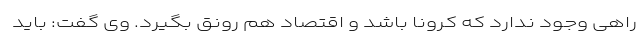
راهی وجود ندارد که کرونا باشد و اقتصاد هم رونق بگیرد. وی گفت: باید